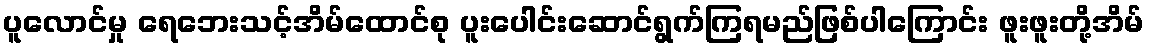
ပူလောင်မှု ရေဘေးသင့်အိမ်ထောင်စု ပူးပေါင်းဆောင်ရွက်ကြရမည်ဖြစ်ပါကြောင်း ဖူးဖူးတို့အိမ်